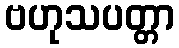
ဗဟုသပတ္တာ